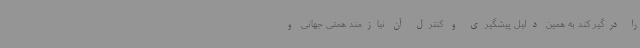
را درگیر کند به همین دلیل پیشگیری و کنترل آن نیازمند همتی جهانی و